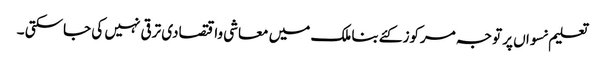
تعلیم نسواں پر توجہ مرکوز کئےبنا ملک میں معاشی واقتصادی ترقی نہیں کی جاسکتی ۔